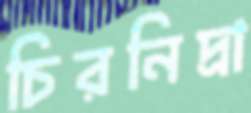
চিরনিদ্রা